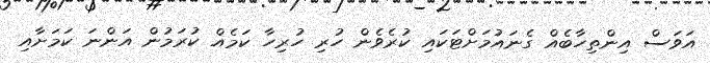
އަވަސް އިންތިހާބެއް ގެނައުމަށްޓަކައި ކުރެވެން ހުރި ހުރިހާ ކަމެއް ކުރަމުން އަންނަ ކަމަށާއި